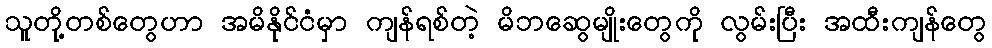
သူတို့တစ်တွေဟာ အမိနိုင်ငံမှာ ကျန်ရစ်တဲ့ မိဘဆွေမျိုးတွေကို လွမ်းပြီး အထီးကျန်တွေ